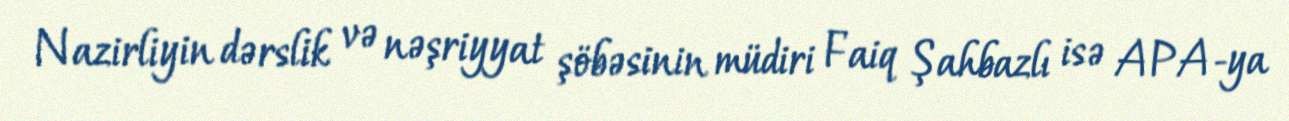
Nazirliyin dərslik və nəşriyyat şöbəsinin müdiri Faiq Şahbazlı isə APA-ya